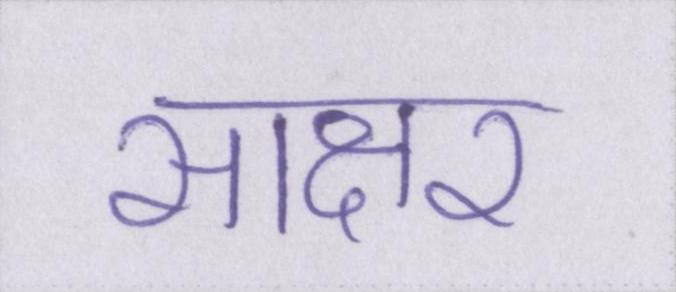
साक्षर